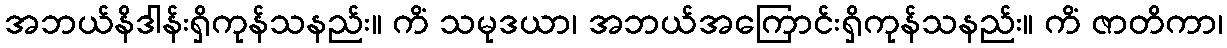
အဘယ်နိဒါန်းရှိကုန်သနည်း။ ကိံ သမုဒယာ၊ အဘယ်အကြောင်းရှိကုန်သနည်း။ ကိံ ဇာတိကာ၊